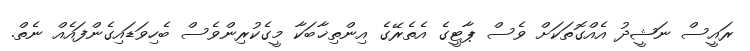
ރައީސް ނަޝީދު އެއްގޮތަކަށް ވެސް ޕާޓީގެ އެތެރޭގެ އިންތިޚާބަކާ މީގެކުރިންވެސް ބެހިވަޑައިގެންފައެއް ނެތް.